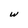
Character: w